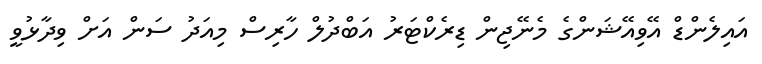
އައިލެންޑް އޭވިއޭޝަންގެ މެނޭޖިން ޑިރެކްޓަރު އަބްދުލް ހާރިސް މިއަދު ސަން އަށް ވިދާޅުވީ